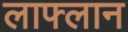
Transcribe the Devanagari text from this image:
लाफ्लान